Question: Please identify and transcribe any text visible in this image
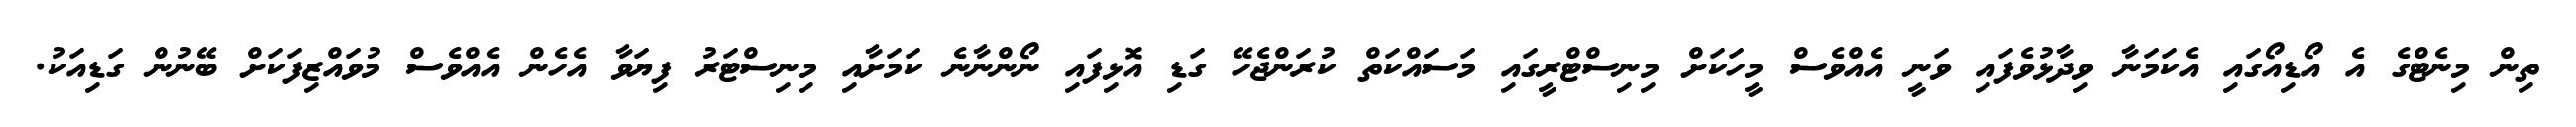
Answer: ތިން މިނެޓްގެ އެ އޯޑިއޯގައި އެކަމަނާ ވިދާޅުވެފައި ވަނީ އެއްވެސް މީހަކަށް މިނިސްޓްރީގައި މަސައްކަތް ކުރަންޖެހޭ ގަޑި އޮޅިފައި ނޯންނާނެ ކަމަށާއި މިނިސްޓަރު ފިޔަވާ އެހެން އެއްވެސް މުވައްޒިފަކަށް ބޭނުން ގަޑިއަކު.